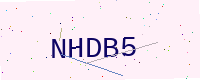
Text: NHDB5